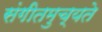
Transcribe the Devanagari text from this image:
संगीतमुच्यते